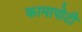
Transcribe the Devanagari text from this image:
कामापोटी